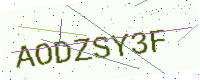
Text: AODZSY3F